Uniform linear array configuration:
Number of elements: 32
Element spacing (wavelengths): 0.75
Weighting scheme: hann
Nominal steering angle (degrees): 0
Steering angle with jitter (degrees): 1.605
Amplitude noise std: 0.05
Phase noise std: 0.05

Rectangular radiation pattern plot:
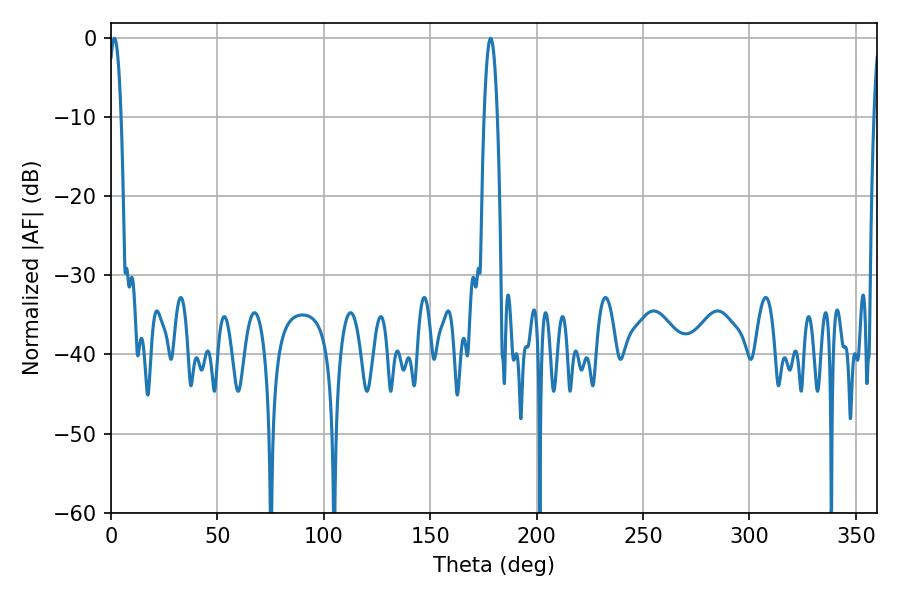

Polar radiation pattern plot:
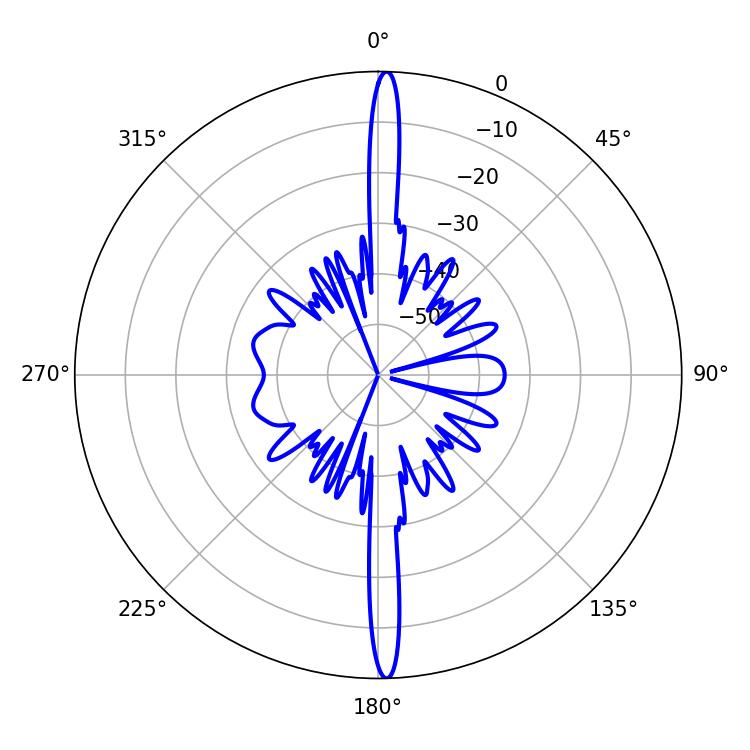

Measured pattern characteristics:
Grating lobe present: TRUE
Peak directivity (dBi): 27.486
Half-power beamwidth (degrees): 3.42
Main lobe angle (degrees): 178.38